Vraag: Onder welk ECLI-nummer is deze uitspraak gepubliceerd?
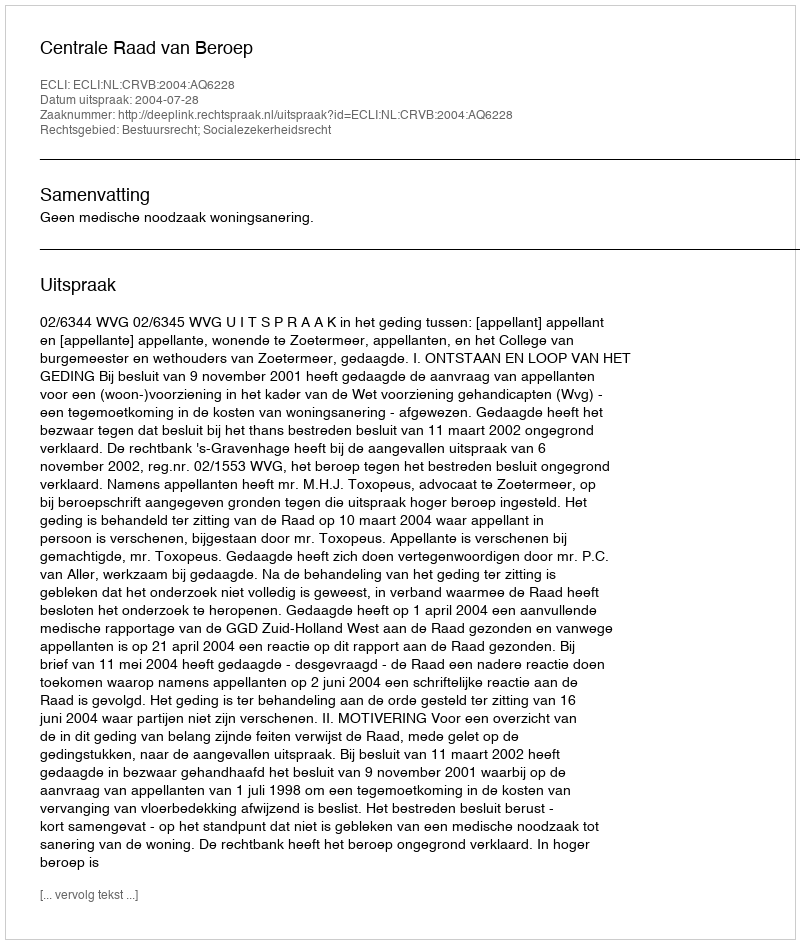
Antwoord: ECLI:NL:CRVB:2004:AQ6228